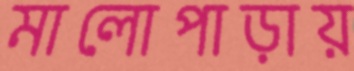
মালোপাড়ায়